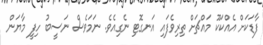
ފާޑަކަށް އެއްކަކޫ މައްޗަށް ތިރިވެފައި އަނގޮޓި ނެގިއެވެ. ނަމަވެސް ނަސީބު ހިފީ މާޔަން